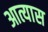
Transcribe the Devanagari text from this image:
आत्यास